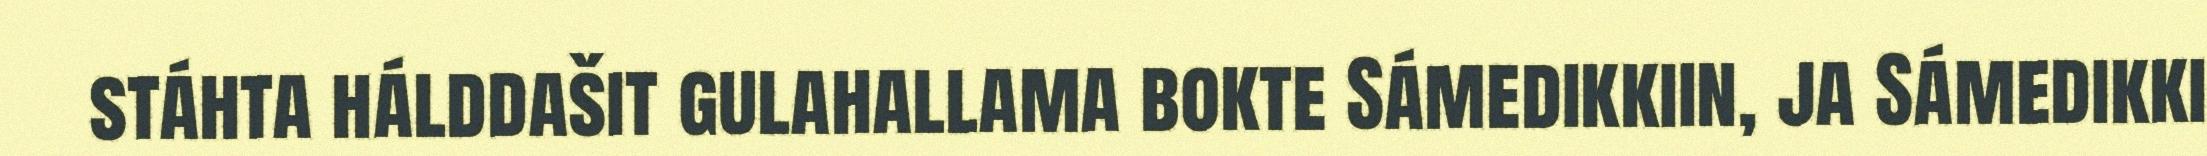
stáhta hálddašit gulahallama bokte Sámedikkiin, ja Sámedikki